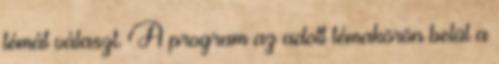
témát választ. A program az adott témakörön belül a